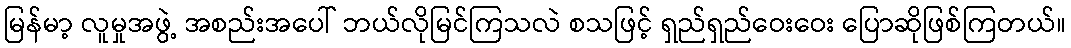
မြန်မာ့ လူမှုအဖွဲ့ အစည်းအပေါ် ဘယ်လိုမြင်ကြသလဲ စသဖြင့် ရှည်ရှည်ဝေးဝေး ပြောဆိုဖြစ်ကြတယ်။